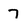
Character: 7